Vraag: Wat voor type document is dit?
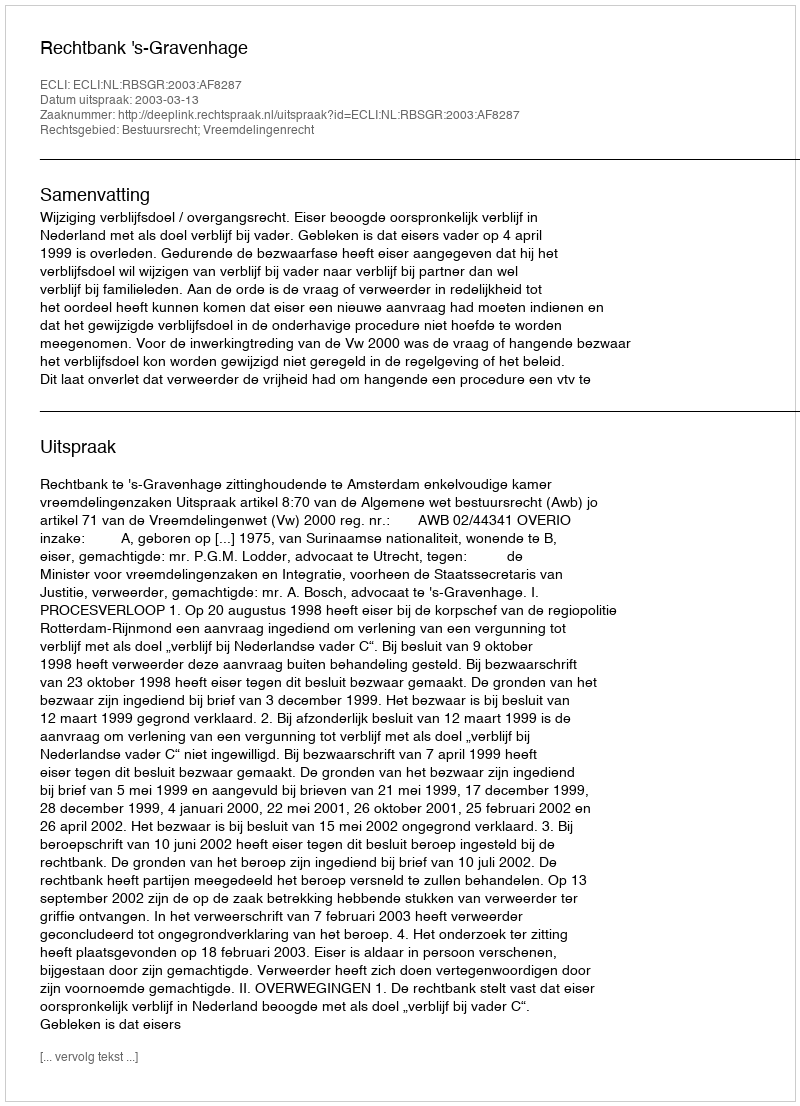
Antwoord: Uitspraak